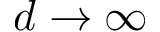
d \to \infty